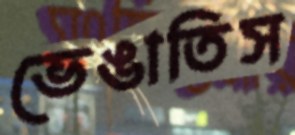
ভেঙাতিস